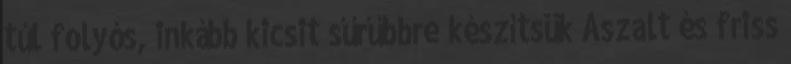
túl folyós, inkább kicsit sűrűbbre készítsük Aszalt és friss